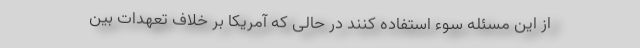
از این مسئله سوء استفاده کنند در حالی که آمریکا بر خلاف تعهدات بین